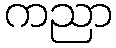
ကညာ